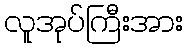
လူအုပ်ကြီးအား